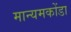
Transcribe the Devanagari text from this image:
मान्यमकोंडा